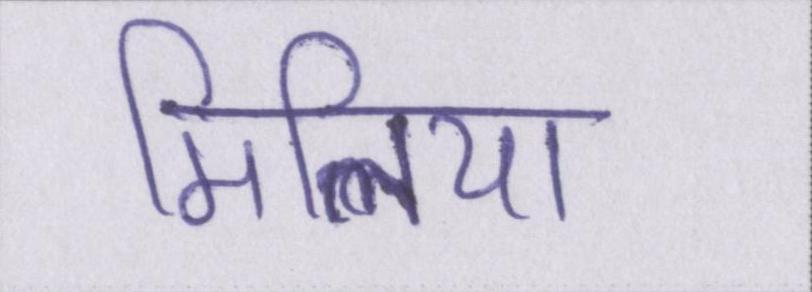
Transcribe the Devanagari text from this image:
मिलिया